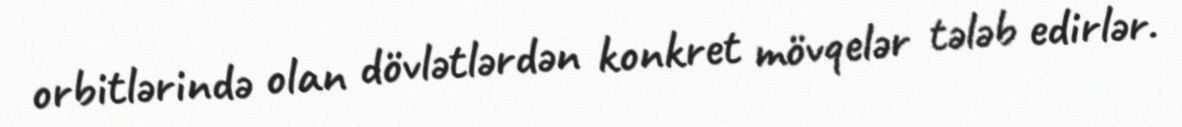
orbitlərində olan dövlətlərdən konkret mövqelər tələb edirlər.